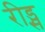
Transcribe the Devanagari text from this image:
रीड्स